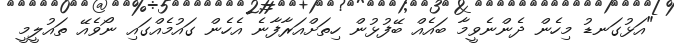
"އަޅުގަނޑު މިހެން ދެންނެވީމާ ބައެއް ބޭފުޅުން ހިތަށްއަރާފާނެ އެހެން ގައުމެއްގައި ނޯވެެއޭ ތައުލީމީ